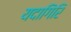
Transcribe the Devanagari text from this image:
यदागिरि